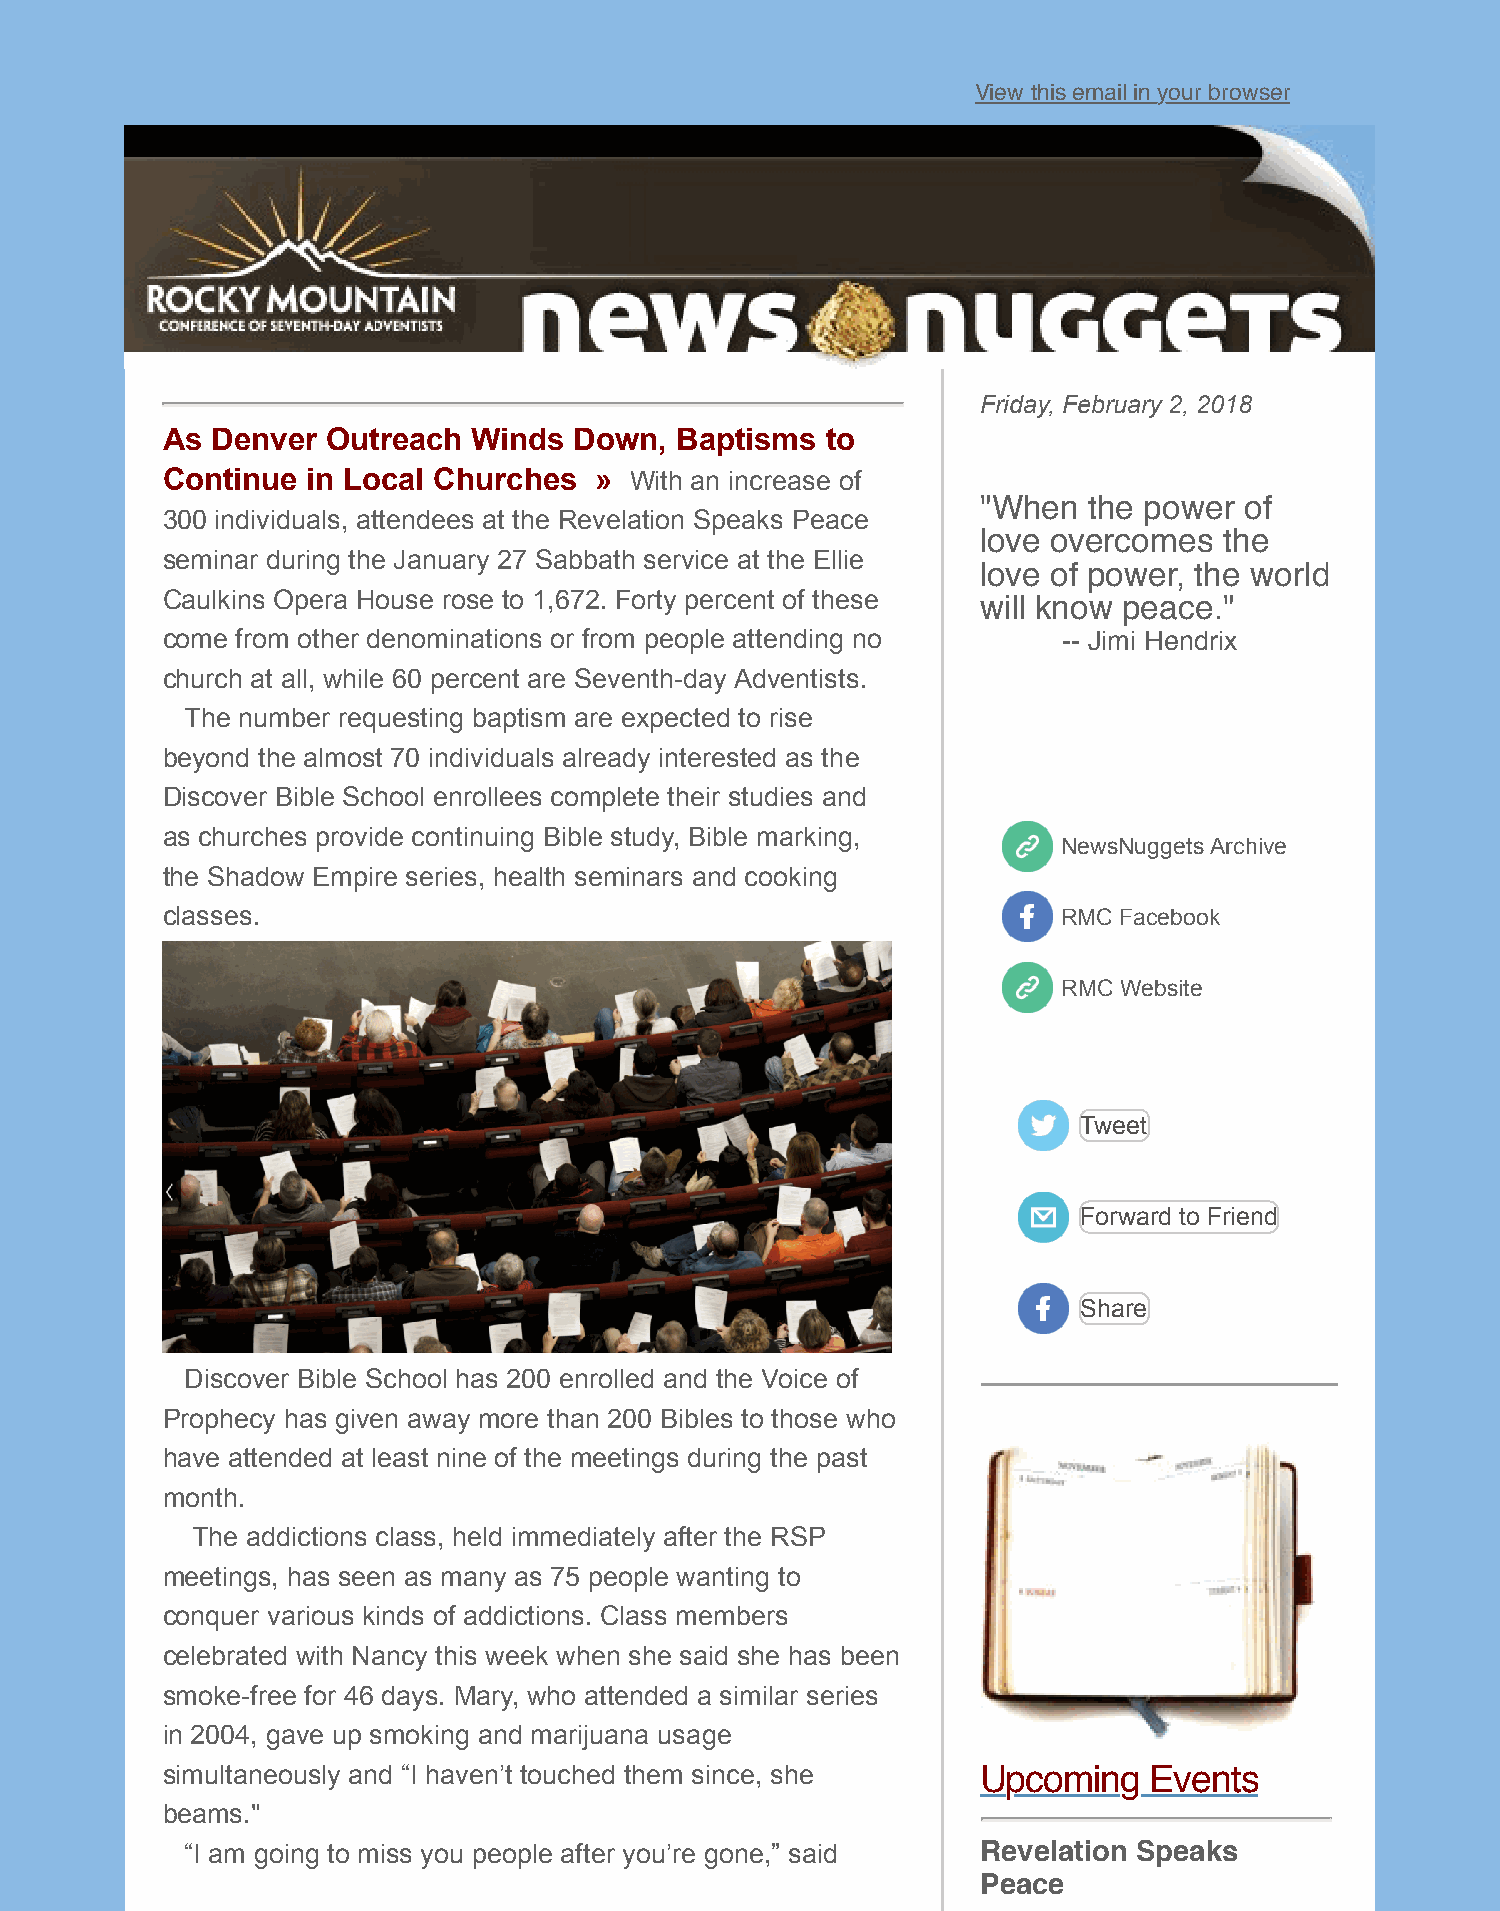
View this email in your browser
 Friday, February 2, 2018
 As Denver  Outreach Winds  Down,  Baptisms  to
 Continue in Local Churches  »  With an increase of
 "When  the power of
 300 individuals, attendees at the Revelation Speaks Peace
 love overcomes  the
 seminar during the January 27 Sabbath service at the Ellie
 love of power, the world
 Caulkins Opera House rose to 1,672. Forty percent of these will know peace."
 come from other denominations or from people attending no  -- Jimi Hendrix
 church at all, while 60 percent are Seventh-day Adventists.
 The number requesting baptism are expected to rise
 beyond the almost 70 individuals already interested as the
 Discover Bible School enrollees complete their studies and
 as churches provide continuing Bible study, Bible marking,
 NewsNuggets Archive
 the Shadow Empire series, health seminars and cooking
 classes.                                                   RMC Facebook
 RMC Website
 Tweet
 Forward to Friend
 Share
 Discover Bible School has 200 enrolled and the Voice of
 Prophecy has given away more than 200 Bibles to those who
 have attended at least nine of the meetings during the past
 month.
 The addictions class, held immediately after the RSP
 meetings, has seen as many as 75 people wanting to
 conquer various kinds of addictions. Class members
 celebrated with Nancy this week when she said she has been
 smoke-free for 46 days. Mary, who attended a similar series
 in 2004, gave up smoking and marijuana usage
 simultaneously and “I haven’t touched them since, she Upcoming   Events
 beams."
 “I am going to miss you people after you’re gone,” said Revelation Speaks
 Peace